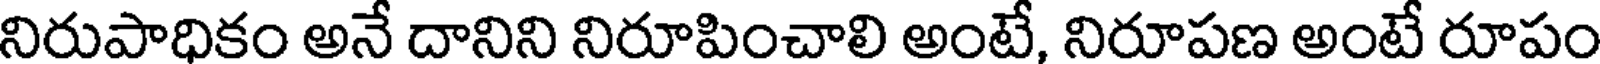
నిరుపాధికం అనే దానిని నిరూపించాలి అంటే, నిరూపణ అంటే రూపం